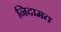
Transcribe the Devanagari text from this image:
निदामत